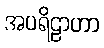
အပရိဠာဟာ